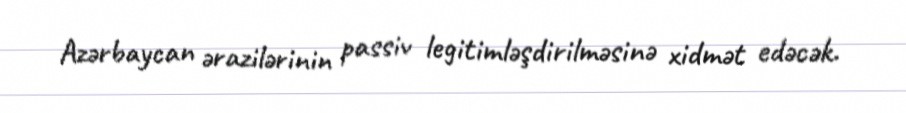
Azərbaycan ərazilərinin passiv legitimləşdirilməsinə xidmət edəcək.